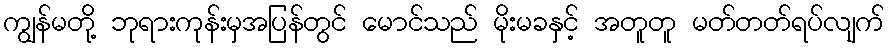
ကျွန်မတို့ ဘုရားကုန်းမှအပြန်တွင် မောင်သည် မိုးမခနှင့် အတူတူ မတ်တတ်ရပ်လျက်